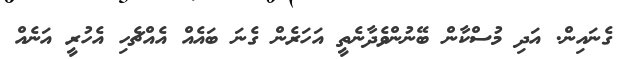
ގެނައިން. އަދި މުސްކާން ބޭނުންވެދާނެތީ އަހަރެން ގެނަ ބައެއް އެއްޗެހި އެހުރީ އަނެއް